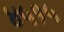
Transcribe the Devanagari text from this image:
४५१५